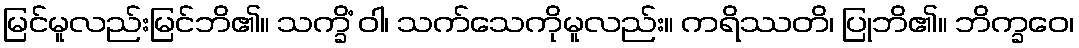
မြင်မူလည်းမြင်ဘိ၏။ သက္ခိံ ဝါ၊ သက်သေကိုမူလည်း။ ကရိဿတိ၊ ပြုဘိ၏။ ဘိက္ခဝေ၊